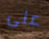
على